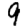
Digit: 9